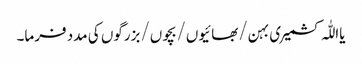
یااللّٰہ کشمیری بہن/بھائیوں/بچوں/بزرگوں کی مدد فرما۔